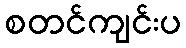
စတင်ကျင်းပ